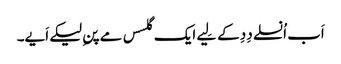
اَب اُنسلے دِدِ کے لِیے ایک گلسس مے پنِ لیکے اَیے۔